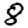
Digit: 8